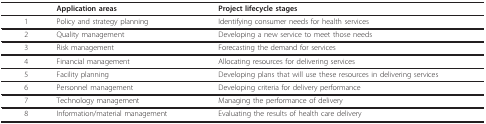
|  | Application areas | Project lifecycle stages |
 | --- | --- | --- |
 | 1 | Policy and strategy planning | Identifying consumer needs for health services |
 | 2 | Quality management | Developing a new service to meet those needs |
 | 3 | Risk management | Forecasting the demand for services |
 | 4 | Financial management | Allocating resources for delivering services |
 | 5 | Facility planning | Developing plans that will use these resources in delivering services |
 | 6 | Personnel management | Developing criteria for delivery performance |
 | 7 | Technology management | Managing the performance of delivery |
 | 8 | Information/material management | Evaluating the results of health care delivery |